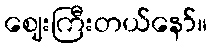
ဈေးကြီးတယ်နော်။